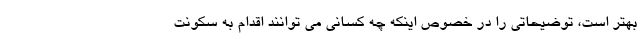
بهتر است، توضیحاتی را در خصوص اینکه چه کسانی می توانند اقدام به سکونت